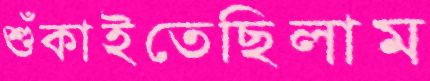
শুঁকাইতেছিলাম